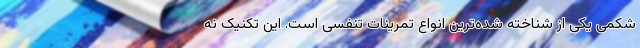
شکمی یکی از شناخته شده‌ترین انواع تمرینات تنفسی است. این تکنیک نه